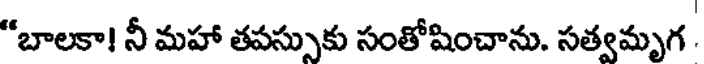
"బాలకా! నీ మహా తపస్సుకు సంతోషించాను. సత్వమృగ